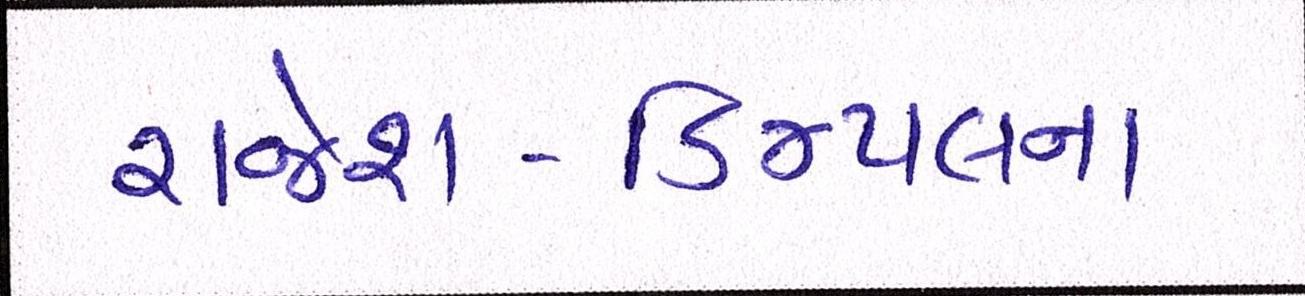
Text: રાજેશ-ડિમ્પલના